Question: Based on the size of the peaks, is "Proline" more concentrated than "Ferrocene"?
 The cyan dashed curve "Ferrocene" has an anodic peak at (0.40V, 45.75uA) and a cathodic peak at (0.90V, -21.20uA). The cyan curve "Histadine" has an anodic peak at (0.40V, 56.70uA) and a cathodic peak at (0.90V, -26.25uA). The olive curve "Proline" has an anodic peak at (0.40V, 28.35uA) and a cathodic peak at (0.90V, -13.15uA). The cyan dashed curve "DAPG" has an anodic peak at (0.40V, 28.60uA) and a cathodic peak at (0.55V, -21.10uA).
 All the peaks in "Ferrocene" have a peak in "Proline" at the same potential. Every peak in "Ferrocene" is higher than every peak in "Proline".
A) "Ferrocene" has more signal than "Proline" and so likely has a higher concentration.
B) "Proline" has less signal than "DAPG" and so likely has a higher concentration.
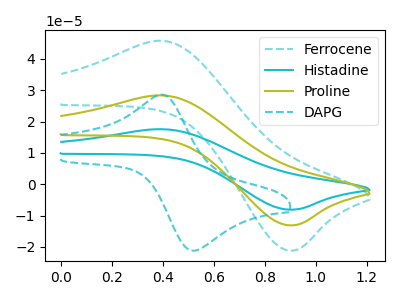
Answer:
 <answer>A) "Ferrocene" has more signal than "Proline" and so likely has a higher concentration.</answer>
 <eval>A</eval>